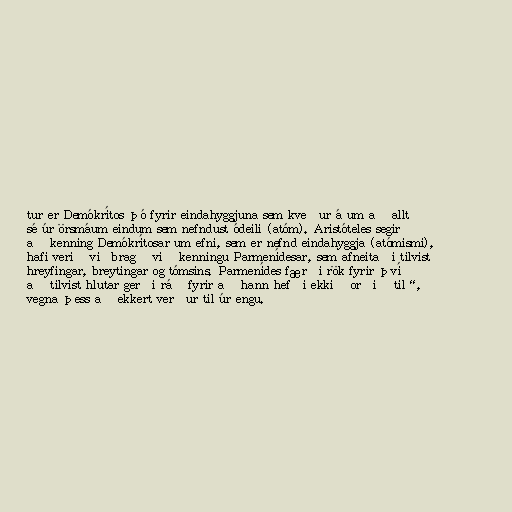
tur er Demókrítos þó fyrir eindahyggjuna sem kveður á um að allt
sé úr örsmáum eindum sem nefndust ódeili (atóm). Aristóteles segir
að kenning Demókrítosar um efni, sem er nefnd eindahyggja (atómismi),
hafi verið viðbragð við kenningu Parmenídesar, sem afneitaði tilvist
hreyfingar, breytingar og tómsins. Parmenídes færði rök fyrir því
að tilvist hlutar gerði ráð fyrir að hann hefði ekki „orðið til“,
vegna þess að ekkert verður til úr engu.